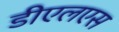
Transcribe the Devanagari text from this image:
डीएलएस